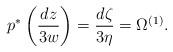
LaTeX: \begin{align*}p^{*}\left( \frac{dz}{3w}\right)=\frac{d\zeta}{3\eta}=\Omega^{(1)}.\end{align*}